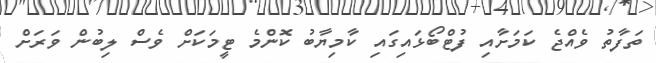
ތަފާތު ވެއްޖެ ކަމަށާއި ފުޓްބޯޅައިގައި ކާމިޔާބު ކޮންމެ ޓީމަކަށް ވެސް ލިބުން ވަރަށް